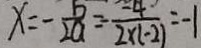
x = - \frac { b } { 2 a } = - \frac { 4 } { 2 \times ( - 2 ) } = - 1